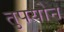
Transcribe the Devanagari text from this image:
तुपयोन